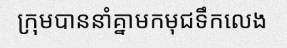
ក្រុមបាននាំគ្នាមកមុជទឹកលេង